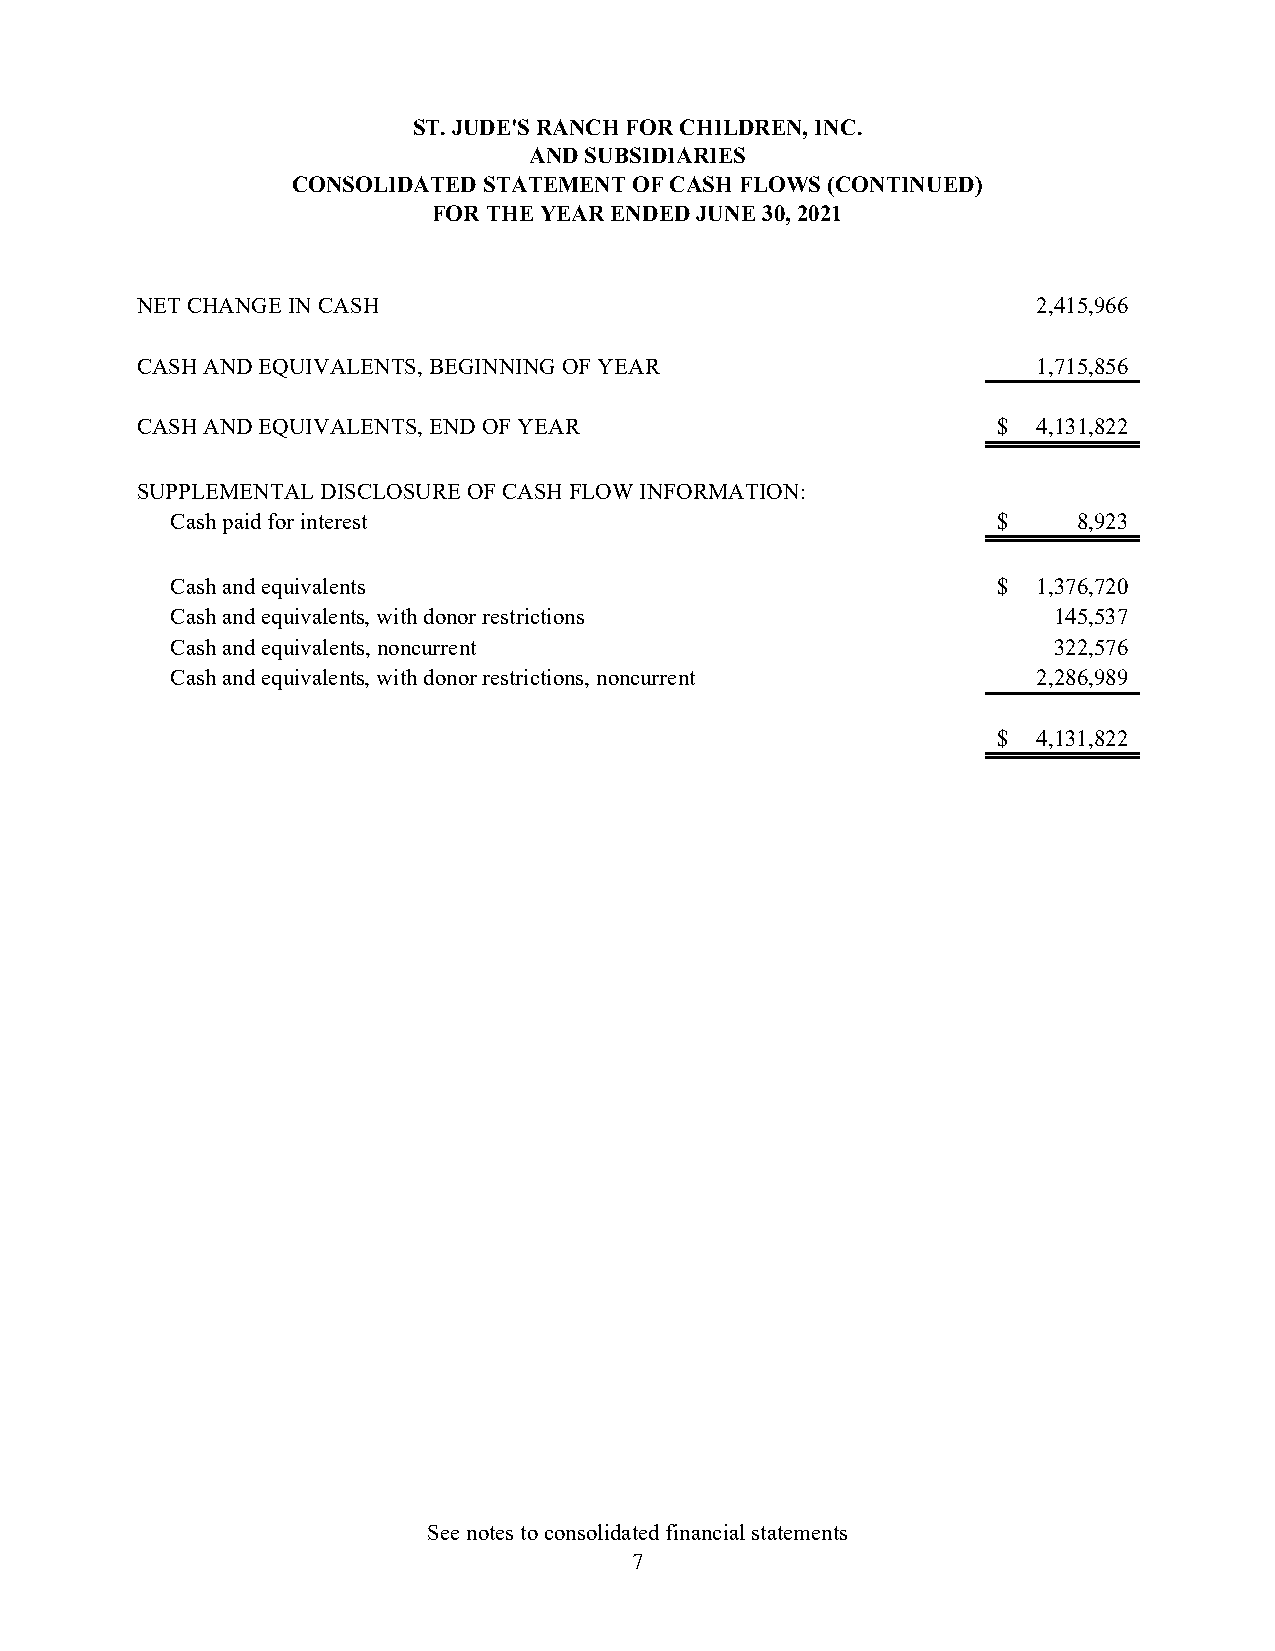
ST. JUDE'S RANCH FOR CHILDREN, INC.
 AND SUBSIDIARIES
 CONSOLIDATED STATEMENT OF CASH FLOWS (CONTINUED)
 FOR THE YEAR ENDED JUNE 30, 2021
 NET CHANGE IN CASH                                          2,415,966
 CASH AND EQUIVALENTS, BEGINNING OF YEAR                     1,715,856
 CASH AND EQUIVALENTS, END OF YEAR                        $  4,131,822
 SUPPLEMENTAL DISCLOSURE OF CASH FLOW INFORMATION:
 Cash paid for interest                                 $    8,923
 Cash and equivalents                                   $  1,376,720
 Cash and equivalents, with donor restrictions              145,537
 Cash and equivalents, noncurrent                           322,576
 Cash and equivalents, with donor restrictions, noncurrent 2,286,989
 $  4,131,822
 See notes to consolidated financial statements
 7